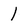
Character: l